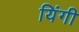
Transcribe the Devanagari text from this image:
यिंगी